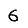
Digit: 6